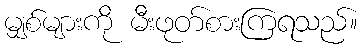
မျှစ်များကို မီးဖုတ်စားကြရသည်။